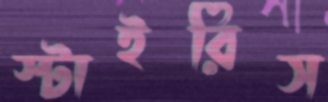
স্টাইরিস